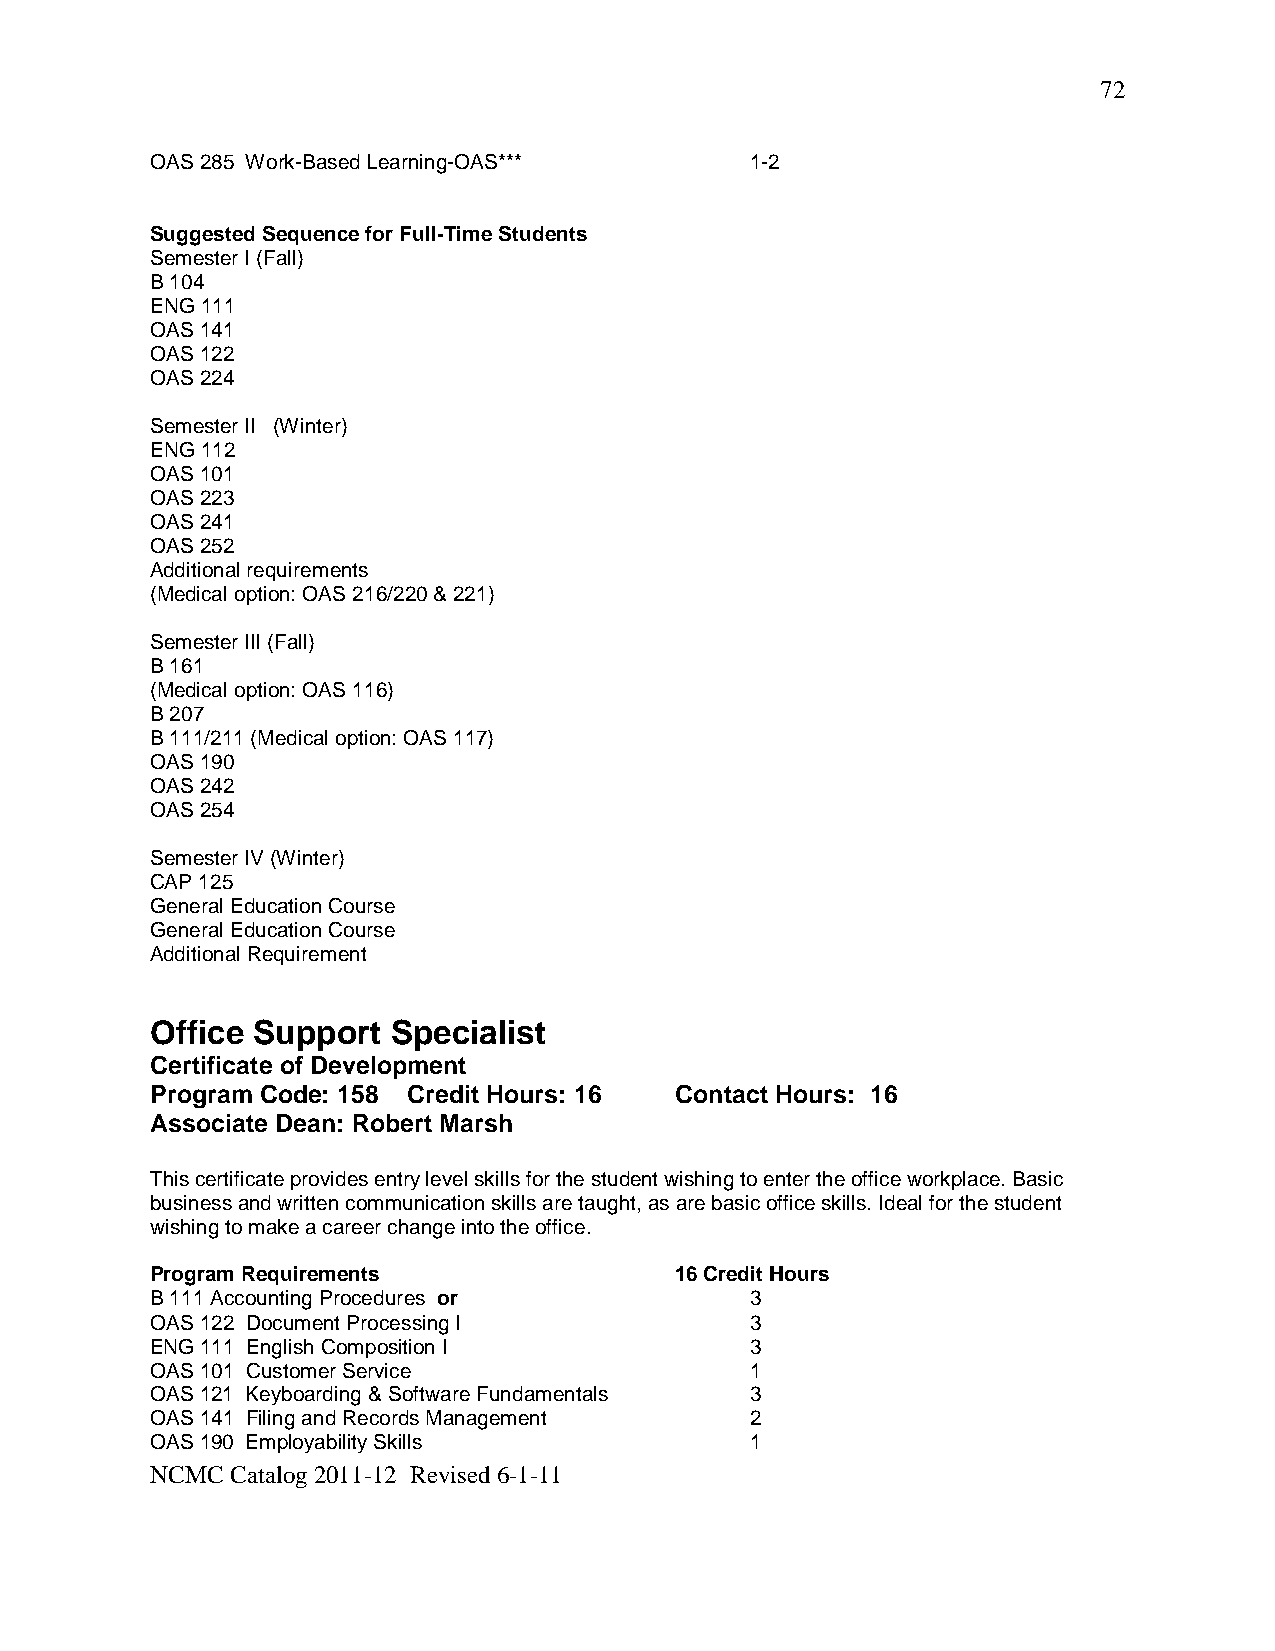
72
 OAS 285 Work-Based Learning-OAS***      1-2
 Suggested Sequence for Full-Time Students
 Semester I (Fall)
 B 104
 ENG 111
 OAS 141
 OAS 122
 OAS 224
 Semester II (Winter)
 ENG 112
 OAS 101
 OAS 223
 OAS 241
 OAS 252
 Additional requirements
 (Medical option: OAS 216/220 & 221)
 Semester III (Fall)
 B 161
 (Medical option: OAS 116)
 B 207
 B 111/211 (Medical option: OAS 117)
 OAS 190
 OAS 242
 OAS 254
 Semester IV (Winter)
 CAP 125
 General Education Course
 General Education Course
 Additional Requirement
 Office Support  Specialist
 Certificate of Development
 Program Code: 158 Credit Hours: 16 Contact Hours: 16
 Associate Dean: Robert Marsh
 This certificate provides entry level skills for the student wishing to enter the office workplace. Basic
 business and written communication skills are taught, as are basic office skills. Ideal for the student
 wishing to make a career change into the office.
 Program Requirements               16 Credit Hours
 B 111 Accounting Procedures or          3
 OAS 122 Document Processing I           3
 ENG 111 English Composition I           3
 OAS 101 Customer Service                1
 OAS 121 Keyboarding & Software Fundamentals 3
 OAS 141 Filing and Records Management   2
 OAS 190 Employability Skills            1
 NCMC Catalog 2011-12 Revised 6-1-11